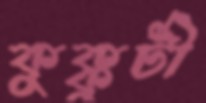
কুক্কুটী